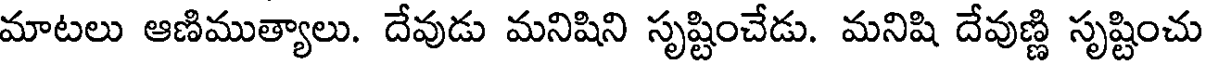
మాటలు ఆణిముత్యాలు. దేవుడు మనిషిని సృష్టించేడు. మనిషి దేవుణ్ణి సృష్టించు